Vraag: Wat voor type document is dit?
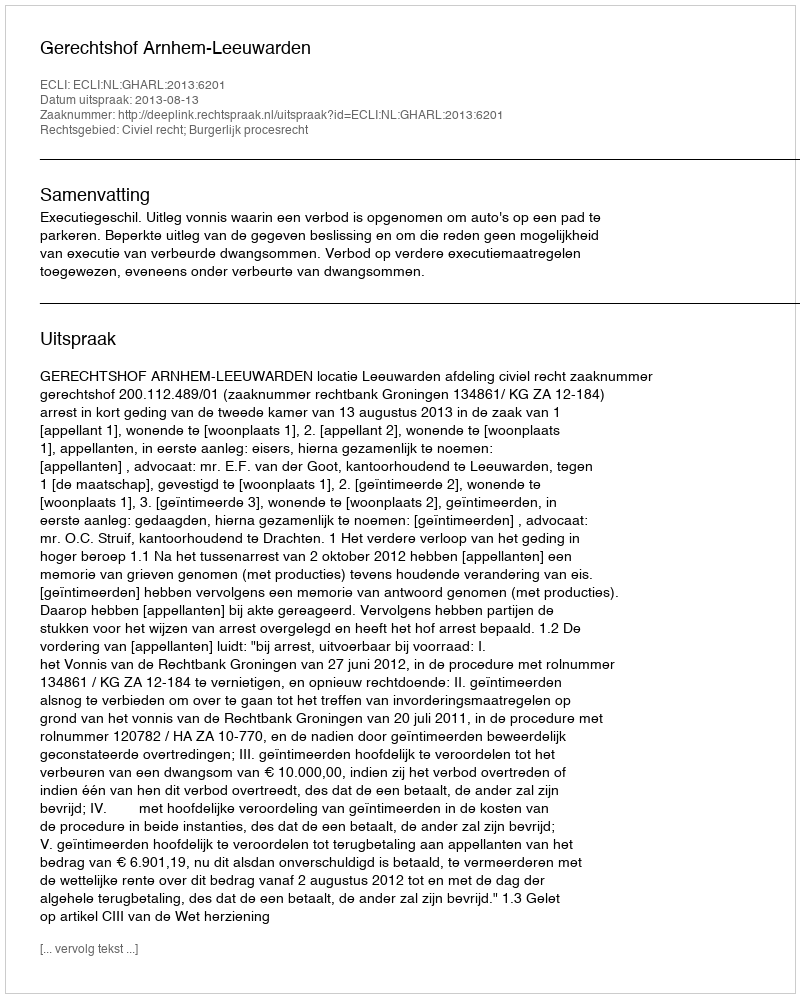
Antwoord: Uitspraak